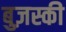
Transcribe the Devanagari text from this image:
बुज़स्की